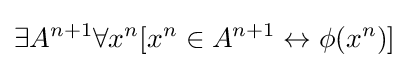
\exists A^{n+1}\forall x^{n}[x^{n}\in A^{n+1}\leftrightarrow \phi (x^{n})]